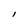
Character: l